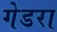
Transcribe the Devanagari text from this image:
गेडरा